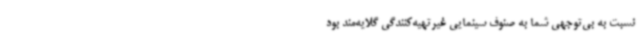
نسبت به بی‌توجهی شما به صنوف سینمایی غیرتهیه‌کنندگی گلایه‌مند بود